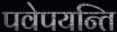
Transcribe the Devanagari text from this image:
पवेपयन्ति